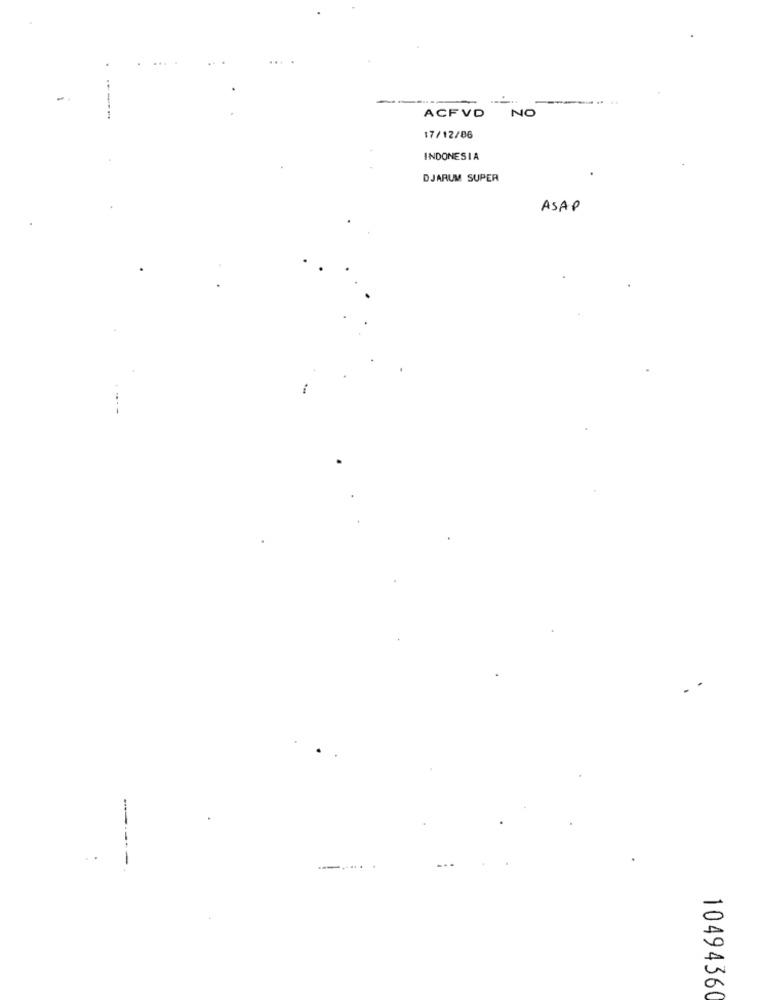
...
-----
NO
ACFVD
17/12/06
INDONESIA
DJARUM SUPER
ASAP
10494360